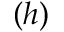
( h )